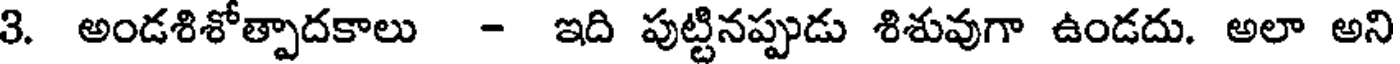
3. అండశిశోత్పాదకాలు - ఇది పుట్టినప్పుడు శిశువుగా ఉండదు. అలా అని